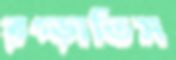
রগ্‌ড়াতিস